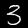
Label: 3